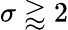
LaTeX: \sigma\gtrapprox 2